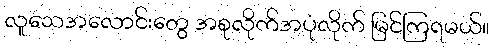
လူသေအလောင်းတွေ အစုလိုက်အပုံလိုက် မြင်ကြရမယ်။